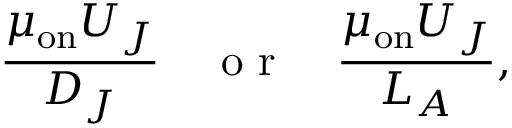
\frac { \mu _ { \mathrm { o n } } U _ { J } } { D _ { J } } \quad \mathrm { ~ o ~ r ~ } \quad \frac { \mu _ { \mathrm { o n } } U _ { J } } { L _ { A } } ,